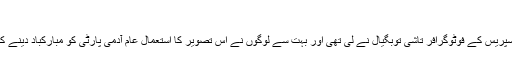
‘
یہ تصویر انڈین ایکسپریس کے فوٹوگرافر تاشی توبگیال نے لی تھی اور بہت سے لوگوں نے اس تصویر کا استعمال عام آدمی پارٹی کو مبارکباد دینے کے طور پر کیا ہے۔